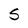
Character: S